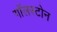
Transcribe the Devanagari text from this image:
गॉलस्टोन